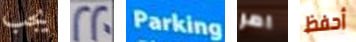
يجب 220 Parking امر أحفظ